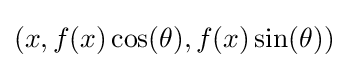
(x,f(x)\cos(\theta ),f(x)\sin(\theta ))